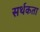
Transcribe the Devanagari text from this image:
सर्थकता